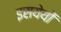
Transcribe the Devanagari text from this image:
इसयेयों